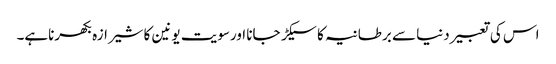
اس کی تعبیر دنیا سے برطانیہ کا سیکڑ جانا اورسویت یونین کا شیرازہ بکھرناہے۔